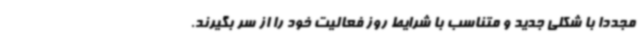
مجددا با شکلی جدید و متناسب با شرایط روز فعالیت خود را از سر بگیرند.